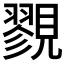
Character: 𧢋